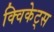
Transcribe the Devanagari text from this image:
क्विकेट्स